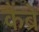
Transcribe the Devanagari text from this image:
कैंब्रे